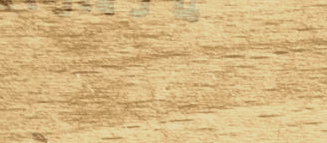
فرص عمل ممتازة في مختلف ا